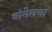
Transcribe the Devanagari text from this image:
वांगेलचा